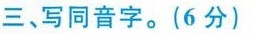
三、写同音字。(6分)